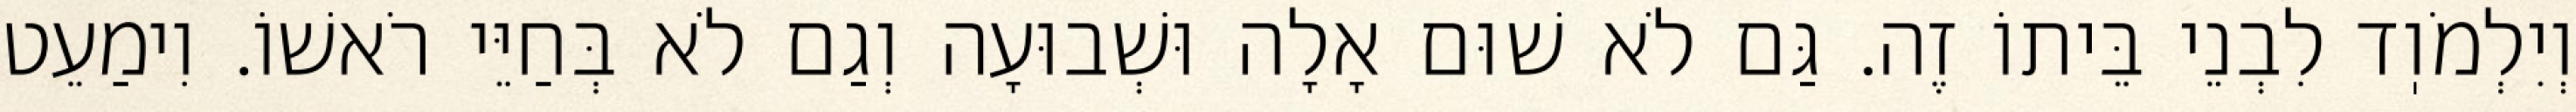
וְיִלְמֹוֽד לִבְנֵי בֵּיתוֹ זֶה. גַּם לֹא שׁוּם אָלָה וּשְׁבוּעָה וְגַם לֹא בְּחַיֵּי רֹאשׁוֹ. וִימַעֵט